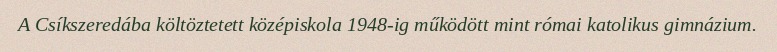
A Csíkszeredába költöztetett középiskola 1948-ig működött mint római katolikus gimnázium.